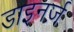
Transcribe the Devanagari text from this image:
डाइनर्ज़